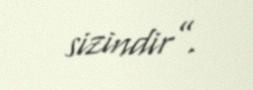
sizindir”.